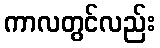
ကာလတွင်လည်း